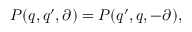
P ( q , q ^ { \prime } , \partial ) = P ( q ^ { \prime } , q , - \partial ) ,